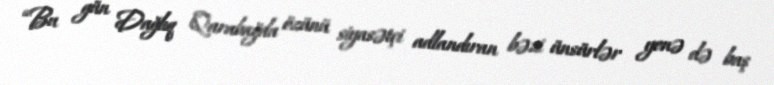
“Bu gün Dağlıq Qarabağda özünü siyasətçi adlandıran bəzi ünsürlər yenə də baş